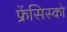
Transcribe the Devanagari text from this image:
फ्रेंसिस्‍को